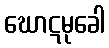
ဃောဋမုခေါ